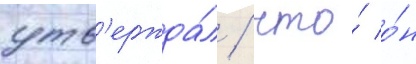
утв'ержда́л / что́ о́н